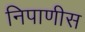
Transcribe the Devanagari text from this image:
निपाणीस